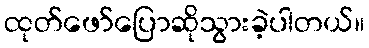
ထုတ်ဖော်ပြောဆိုသွားခဲ့ပါတယ်။